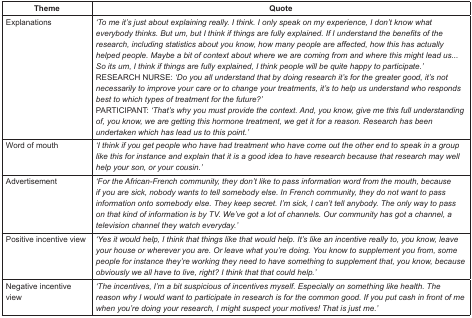
<table><thead><tr><td><b>Theme</b></td><td><b>Quote</b></td></tr></thead><tbody><tr><td>Explanations</td><td><i>‘To me it’s just about explaining really. I think. I only speak on my experience, I don’t know what everybody thinks. But um, but I think if things are fully explained. If I understand the benefits of the research, including statistics about you know, how many people are affected, how this has actually helped people. Maybe a bit of context about where we are coming from and where this might lead us... So its um, I think if things are fully explained, I think people will be quite happy to participate.’</i>RESEARCH NURSE: <i>‘Do you all understand that by doing research it’s for the greater good, it’s not necessarily to improve your care or to change your treatments, it’s to help us understand who responds best to which types of treatment for the future?’</i>PARTICIPANT: <i>‘That’s why you must provide the context. And, you know, give me this full understanding of, you know, we are getting this hormone treatment, we get it for a reason. Research has been undertaken which has lead us to this point.’</i></td></tr><tr><td>Word of mouth</td><td><i>‘I think if you get people who have had treatment who have come out the other end to speak in a group like this for instance and explain that it is a good idea to have research because that research may well help your son, or your cousin.’</i></td></tr><tr><td>Advertisement</td><td><i>‘For the African-French community, they don’t like to pass information word from the mouth, because if you are sick, nobody wants to tell somebody else. In French community, they do not want to pass information onto somebody else. They keep secret. I’m sick, I can’t tell anybody. The only way to pass on that kind of information is by TV. We’ve got a lot of channels. Our community has got a channel, a television channel they watch everyday.’</i></td></tr><tr><td>Positive incentive view</td><td><i>‘Yes it would help, I think that things like that would help. It’s like an incentive really to, you know, leave your house or wherever you are. Or leave what you’re doing. You know to supplement you from, some people for instance they’re working they need to have something to supplement that, you know, because obviously we all have to live, right? I think that that could help.’</i></td></tr><tr><td>Negative incentive view</td><td><i>‘The incentives, I’m a bit suspicious of incentives myself. Especially on something like health. The reason why I would want to participate in research is for the common good. If you put cash in front of me when you’re doing your research, I might suspect your motives! That is just me.’</i></td></tr></tbody></table>